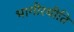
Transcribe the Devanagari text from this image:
भागीरथीति